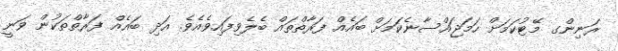
ރަނިންގ މޭޓުކަމަށް ހަމަޖައްސާނެކަމަށް ބައެއް ފަރާތްތައް ބެލެވިފައިވެއެވެ. އަދި ބައެއް ފަރާތްތަކުން ވަނީ